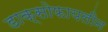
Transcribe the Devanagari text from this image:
डाक्सोफायलीन